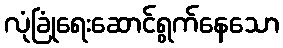
လုံခြုံရေးဆောင်ရွက်နေသော